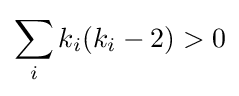
\sum _{i}k_{i}(k_{i}-2)>0